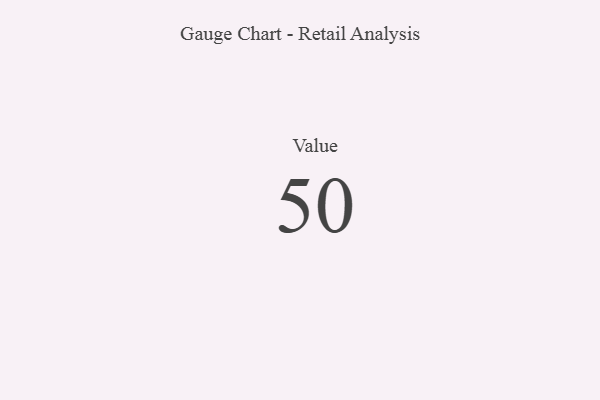
{"axis": {"x": "Metric", "y": "Value"}, "legend": [""], "data": [{"x": "Value", "y": 50, "type": ""}]}